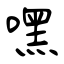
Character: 嘿